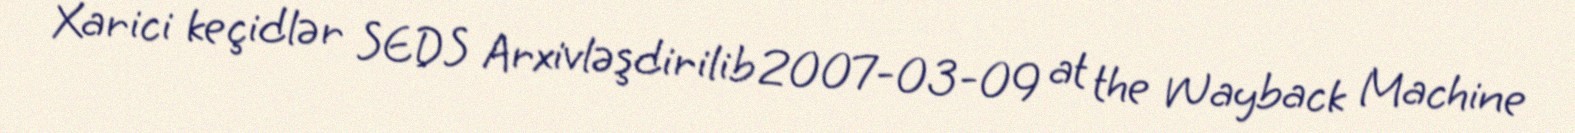
Xarici keçidlər SEDS Arxivləşdirilib 2007-03-09 at the Wayback Machine